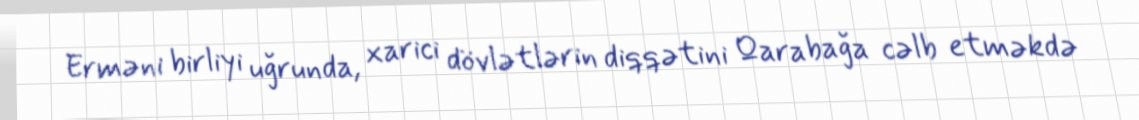
Erməni birliyi uğrunda, xarici dövlətlərin diqqətini Qarabağa cəlb etməkdə